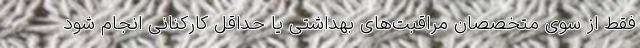
فقط از سوی متخصصان مراقبت‌های بهداشتی یا حداقل کارکنانی انجام شود